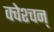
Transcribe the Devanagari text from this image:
क्वेश्चन्‌